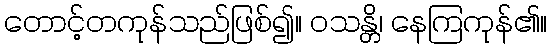
တောင့်တကုန်သည်ဖြစ်၍။ ဝသန္တိ၊ နေကြကုန်၏။